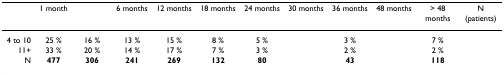
<table><thead><tr><td>[EMPTY_CELL]</td><td><b>1 month</b></td><td>[EMPTY_CELL]</td><td><b>6 months</b></td><td><b>12 months</b></td><td><b>18 months</b></td><td><b>24 months</b></td><td><b>30 months</b></td><td><b>36 months</b></td><td><b>48 months</b></td><td><b>&gt; 48 months</b></td><td><b>N (patients)</b></td></tr></thead><tbody><tr><td>4 to 10</td><td>25 %</td><td>16 %</td><td>13 %</td><td>15 %</td><td>8 %</td><td>5 %</td><td>[EMPTY_CELL]</td><td>3 %</td><td>[EMPTY_CELL]</td><td>7 %</td><td>[EMPTY_CELL]</td></tr><tr><td>11+</td><td>33 %</td><td>20 %</td><td>14 %</td><td>17 %</td><td>7 %</td><td>3 %</td><td>[EMPTY_CELL]</td><td>2 %</td><td>[EMPTY_CELL]</td><td>2 %</td><td>[EMPTY_CELL]</td></tr><tr><td>N</td><td><b>477</b></td><td><b>306</b></td><td><b>241</b></td><td><b>269</b></td><td><b>132</b></td><td><b>80</b></td><td>[EMPTY_CELL]</td><td><b>43</b></td><td>[EMPTY_CELL]</td><td><b>118</b></td><td>[EMPTY_CELL]</td></tr></tbody></table>